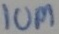
Text: 10M